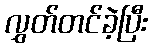
လွှတ်တင်ခဲ့ပြီး